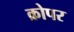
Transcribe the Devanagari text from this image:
क्रोपर